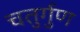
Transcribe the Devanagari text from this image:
चतुर्गुण